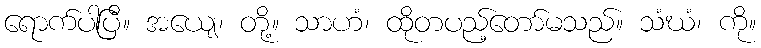
ရောက်ပါပြီ။ အယျေ၊ တို့။ သာဟံ၊ ထိုတပည့်တော်မသည်။ သံဃံ၊ ကို။